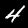
Label: 4